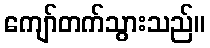
ကျော်တက်သွားသည်။